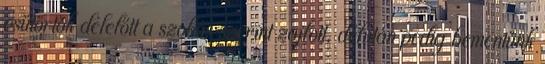
csütörtök délelőtt a szokás szerint zajlott, délután pedig bementünk